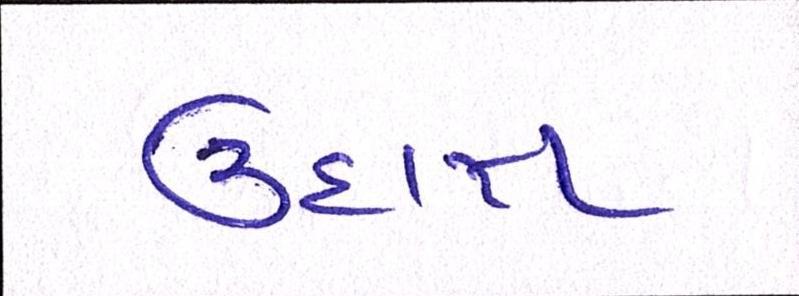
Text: ઉદાત્ત